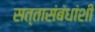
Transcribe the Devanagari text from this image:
सत्तासंबंधांशी